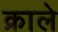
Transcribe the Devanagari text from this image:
क्राले